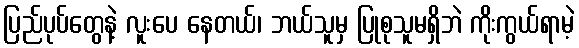
ပြည်ပုပ်တွေနဲ့ လူးပေ နေတယ်၊ ဘယ်သူမှ ပြုစုသူမရှိဘဲ ကိုးကွယ်ရာမဲ့